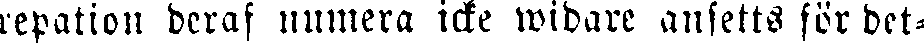
repation deras numera icke widare ansetts för det-